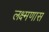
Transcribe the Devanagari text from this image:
लक्ष्मणास